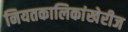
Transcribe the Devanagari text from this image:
नियतकालिकांखेरीज